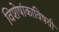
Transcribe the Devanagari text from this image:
विशेषांकाविषयी